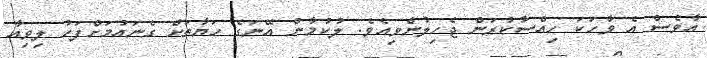
އާވެސް އެ ވާހަކަ ހިއްސާކުރަން ޖެހިލުންވިއެވެ. ލުކުމާން އޭނަގެ ހަޔާތަށް ގެނައުމަށްފަހު ލިވިއާ